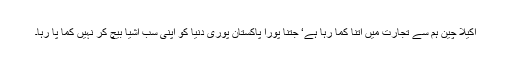
اکیلا چین ہم سے تجارت میں اتنا کما رہا ہے‘ جتنا پورا پاکستان پوری دنیا کو اپنی سب اشیا بیچ کر نہیں کما پا رہا۔